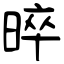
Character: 晬